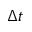
\Delta t